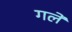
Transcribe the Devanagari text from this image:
गलें